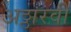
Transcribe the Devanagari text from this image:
अठ्ठारवीं